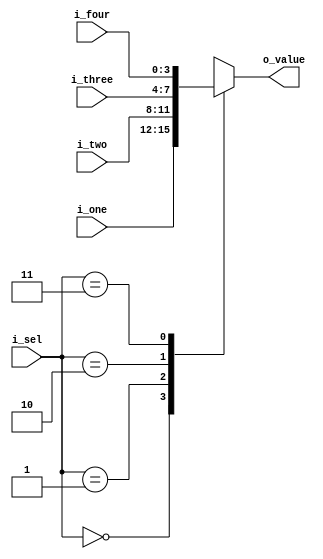
module FND_position_MUX_4x1(
    input [3:0] i_four, i_three, i_two, i_one,
    input [1:0] i_sel,
    output [3:0] o_value
    );

    reg [3:0] r_value;
    assign o_value = r_value;

    always @(i_sel) begin
        case (i_sel)
            2'b00 : r_value = i_one;
            2'b01 : r_value = i_two;
            2'b10 : r_value = i_three;
            2'b11 : r_value = i_four;
        endcase
    end
endmodule